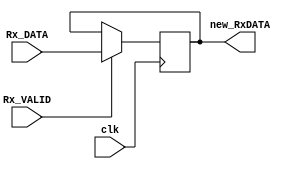
`timescale 1ns / 1ps
//////////////////////////////////////////////////////////////////////////////////
// Company: 
// Engineer: 
// 
// Design Name: 
// Module Name: variable_init
// Project Name: 
// Target Devices: 
// Tool Versions: 
// Description: 
// 
// Dependencies: 
// 
// Revision:
// Revision 0.01 - File Created
// Additional Comments:
// 
//////////////////////////////////////////////////////////////////////////////////


module variable_init(clk, Rx_DATA, new_RxDATA, Rx_VALID);
    
    input clk;
    input Rx_VALID;
    output [7:0] new_RxDATA;
    input [7:0] Rx_DATA;
    reg [7:0] new_RxDATA;
    
    always @(posedge clk)
    begin
        if(Rx_VALID == 1'b1)
            new_RxDATA <= Rx_DATA;
        else
            new_RxDATA <= new_RxDATA;
    end
    
endmodule